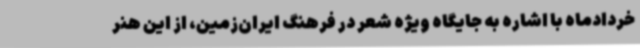
خردادماه با اشاره به جایگاه ویژه شعر در فرهنگ ایران‌زمین، از این هنر